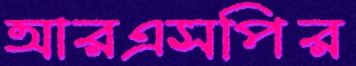
আরএসপির